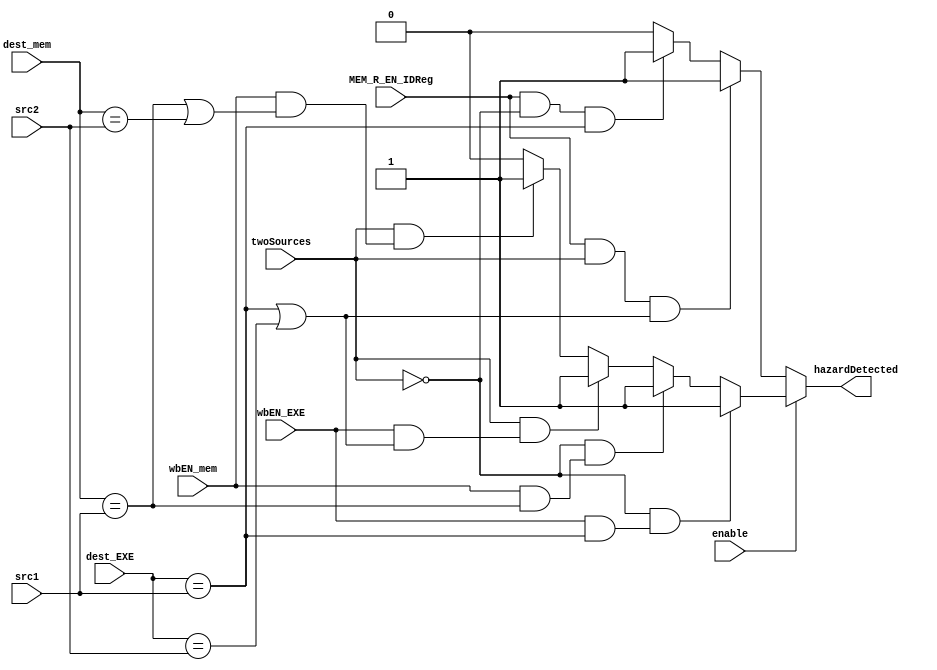
module hazadDetection(input enable, MEM_R_EN_IDReg, input[4:0]src1,src2,dest_EXE,dest_mem, input twoSources, wbEN_EXE, wbEN_mem, output hazardDetected);
        assign hazardDetected = enable ? (!twoSources && (wbEN_EXE && dest_EXE == src1) ? 1
        :!twoSources &&(wbEN_mem && dest_mem == src1)? 1
        :twoSources && (wbEN_EXE && (dest_EXE == src1 || dest_EXE == src2))?1
        :twoSources &&(wbEN_mem && (dest_mem == src1 || dest_mem == src2))? 1 :0) 
        : (MEM_R_EN_IDReg && twoSources && (dest_EXE == src1 || dest_EXE == src2)) ? 1 
        : (MEM_R_EN_IDReg && !twoSources && (dest_EXE == src1)) ? 1 : 0; // ?src2 = 0
        //if enable is 0 -> forwarding 
endmodule